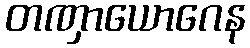
တဏှာယောဂေန